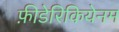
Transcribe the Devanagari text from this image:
फ़ीडेरिकियेनम